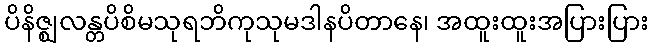
ပိနိဇ္ဈလန္တပိစိမသုရဘိကုသုမဒါနပိတာနေ၊ အထူးထူးအပြားပြား